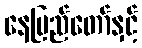
နေပြည်တော်နှင့်